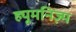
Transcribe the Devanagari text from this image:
ह्यूमनिज़्म